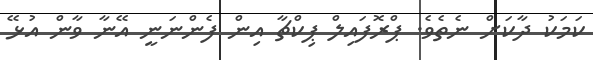
ކަމަކު ދާކަށް ނެތެވެ. ޕްރޮފައިލް ޕިކްޗާ އިން ފެންނަނީ އޭނާ ވާން އުޅޭ